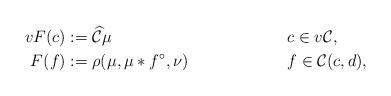
LaTeX: \begin{align*}vF(c)&:= \widehat{\mathcal{C}}\mu &&c\in v\mathcal{C},\\F(f)&:= \rho(\mu,\mu\ast f^\circ, \nu)&&f\in\mathcal{C}(c,d),\end{align*}